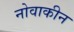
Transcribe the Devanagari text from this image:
नोवाकीन